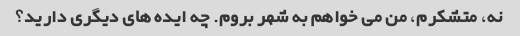
نه، متشکرم، من می خواهم به شهر بروم. چه ایده های دیگری دارید؟